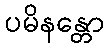
ပမိနန္တော